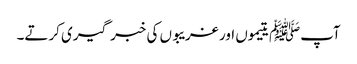
آپﷺ یتیموں اور غریبوں کی خبر گیری کرتے۔